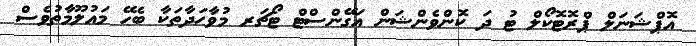
އޮޕްޝަނަލް ޕްރޮޓޮކޯލް ޓު ދަ ކޮންވެންޝަން އަގޭންސްޓް ޓޯޗަރ މުވާހަދާތަކާ ބެހޭ މައުލޫމާތުވެސް